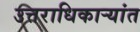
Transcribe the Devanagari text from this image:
उत्तराधिकाऱ्यांत